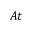
A t